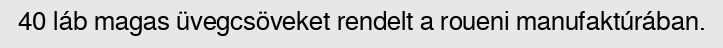
40 láb magas üvegcsöveket rendelt a roueni manufaktúrában.